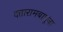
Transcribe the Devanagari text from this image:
दत्तारामबापूंना